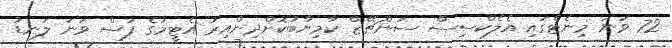
72 ވަނަ މިނެޓްގައި އެލެކްސިސް ސަންޗޭޒް ކާމިޔާބުކޮށްދިންއިރު އެޓީމުގެ ފަސް ވަނަ ލަނޑު